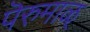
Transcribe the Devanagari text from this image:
पॆरुमाळ्